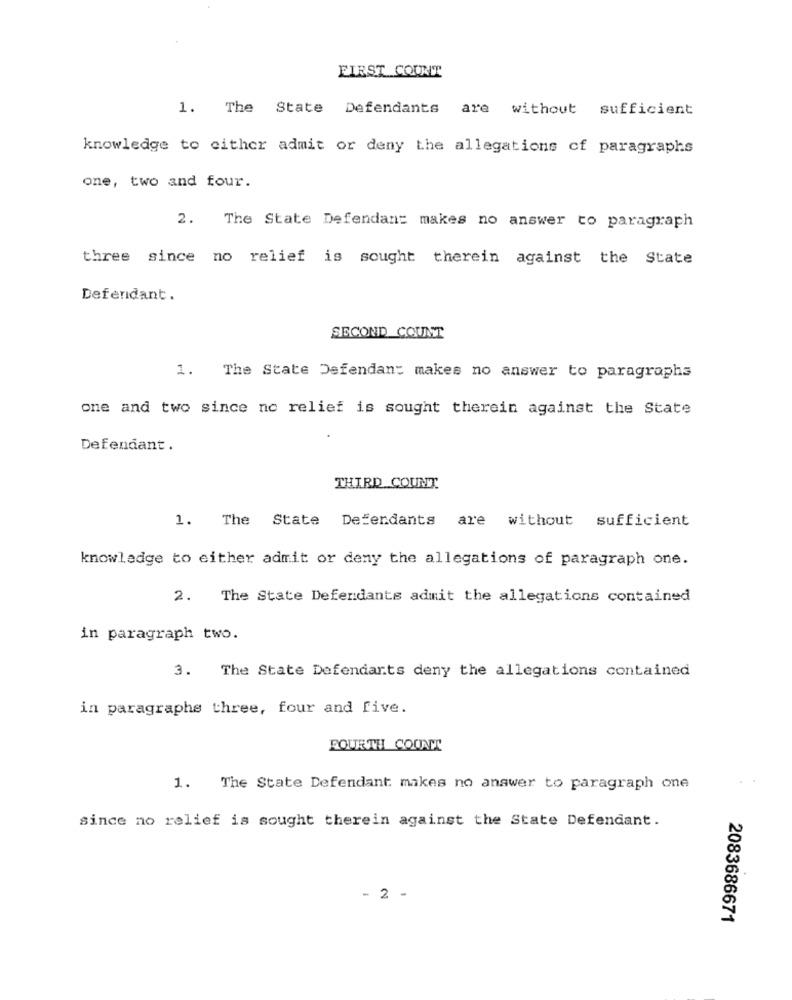
FIRST COUNT
1. The State Defendants
are without sufficient
knowledge to either admit or deny the allegations of paragraphs
one, two and four.
2. The State Defendant makes no answer to paragraph
three since no relief is sought therein against the State
Defendant.
SECOND COUNT
1. The State Defendant makes no answer to paragraphs
one and two since no relief is sought therein against the State
Defendant.
THIRD COUNT
1. The State Defendants are without sufficient
knowledge to either admit or deny the allegations of paragraph one.
2. The State Defendants admit the allegations contained
in paragraph two.
3. The State Defendants deny the allegations contained
in paragraphe three, four and five.
FOURTH COUNT
1. The State Defendant makes no answer to paragraph one
since no relief is sought therein against the State Defendant.
- 2 -
2083686671